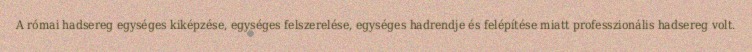
A római hadsereg egységes kiképzése, egységes felszerelése, egységes hadrendje és felépítése miatt professzionális hadsereg volt.